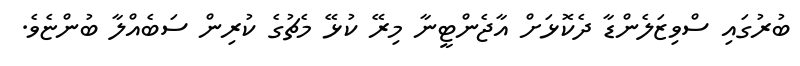
ބުރުގައި ސްވިޒަލެންޑާ ދެކޮޅަށް އާޖެންޓީނާ މިރޭ ކުޅޭ މެޗުގެ ކުރިން ސަބެއްލާ ބުންޏެވެ.